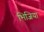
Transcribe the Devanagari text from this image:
भिजिया